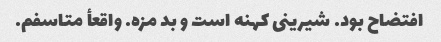
افتضاح بود. شیرینی کهنه است و بد مزه. واقعأ متاسفم.